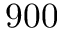
9 0 0